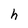
Character: h